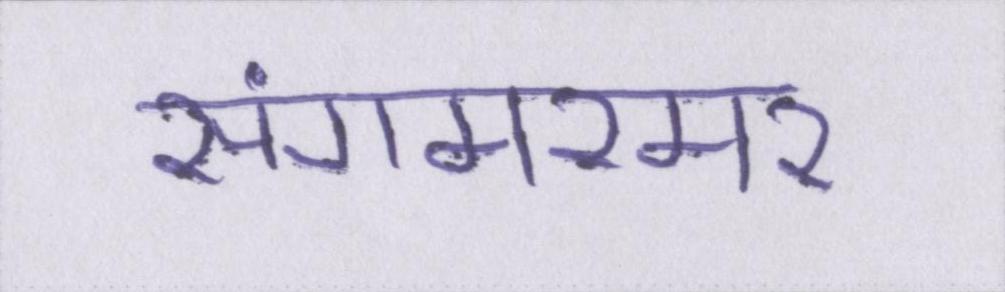
संगमरमर